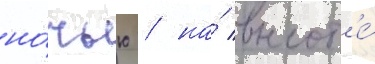
но́чью / на́ высот'е́